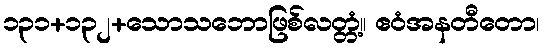
၁၃၁+၁၃၂+သောသဘောဖြစ်လတ္တံ့။ ဧဝံအနတီတော၊